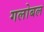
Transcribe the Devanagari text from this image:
गलोबल